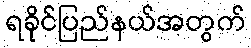
ရခိုင်ပြည်နယ်အတွက်